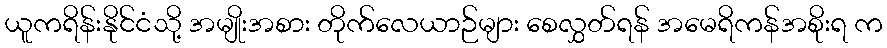
ယူကရိန်းနိုင်ငံသို့ အမျိုးအစား တိုက်လေယာဉ်များ စေလွှတ်ရန် အမေရိကန်အစိုးရ က